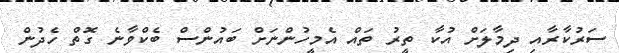
ސަރުކާރާއި ދިމާލަށް އުކާ ތީރު ތައް އެމީހުންނަށް ބައުންސް ބެކްވާނެ ގޮތް ހެދުން